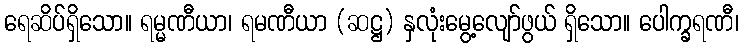
ရေဆိပ်ရှိသော။ ရမ္မဏီယာ၊ ရမဏီယာ (ဆဋ္ဌ) နှလုံးမွေ့လျော်ဖွယ် ရှိသော။ ပေါက္ခရဏီ၊